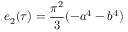
e _ { 2 } ( \tau ) = { \frac { \pi ^ { 2 } } { 3 } } ( - a ^ { 4 } - b ^ { 4 } )